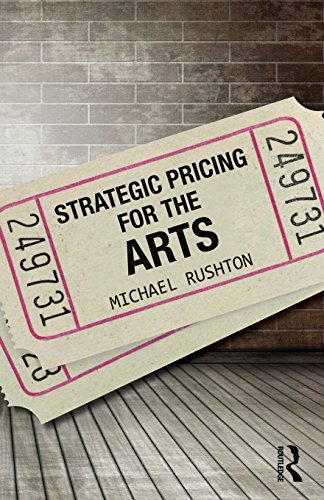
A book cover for Strategic Pricing for the Arts; Michael Rushton; Business & Money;